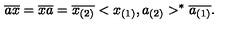
\overline { { a } } \overline { { x } } = \overline { { x a } } = \overline { { x _ { ( 2 ) } } } < x _ { ( 1 ) } , a _ { ( 2 ) } > ^ { * } \overline { { a _ { ( 1 ) } } } .